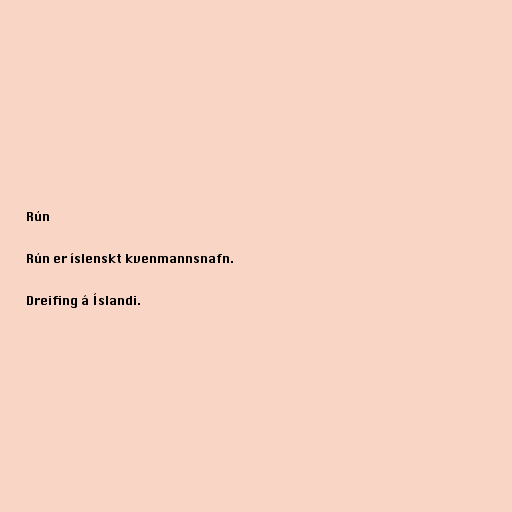
Rún

Rún er íslenskt kvenmannsnafn.

Dreifing á Íslandi.